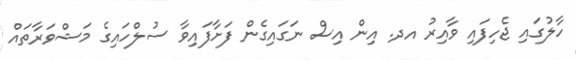
ހާލުގައި ޖެހިފައި ވާއިރު އދ. އިން އިސް ނަގައިގެން ފަށާފައިވާ ސުލްހައިގެ މަޝްވަރާތައް